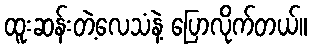
ထူးဆန်းတဲ့လေသံနဲ့ ပြောလိုက်တယ်။